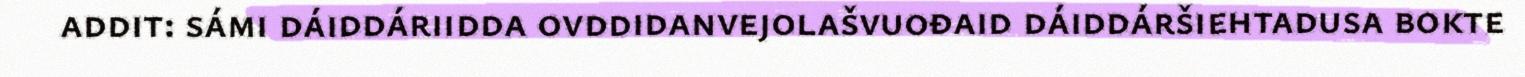
addit: sámi dáiddáriidda ovddidanvejolašvuođaid dáiddáršiehtadusa bokte